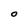
Character: O